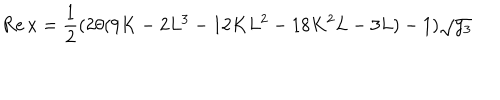
\mathrm { R e } \, x = \frac { 1 } { 2 } ( 2 \theta ( 9 K - 2 L ^ { 3 } - 1 2 K L ^ { 2 } - 1 8 K ^ { 2 } L - 3 L ) - 1 ) \sqrt { y _ { 3 } }